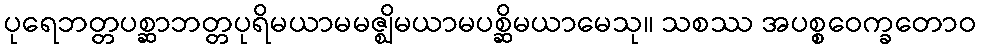
ပုရေဘတ္တပစ္ဆာဘတ္တပုရိမယာမမဇ္ဈိမယာမပစ္ဆိမယာမေသု။ သစဿ အပစ္စဝေက္ခတောဝ